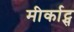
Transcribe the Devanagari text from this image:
मीर्काट्स